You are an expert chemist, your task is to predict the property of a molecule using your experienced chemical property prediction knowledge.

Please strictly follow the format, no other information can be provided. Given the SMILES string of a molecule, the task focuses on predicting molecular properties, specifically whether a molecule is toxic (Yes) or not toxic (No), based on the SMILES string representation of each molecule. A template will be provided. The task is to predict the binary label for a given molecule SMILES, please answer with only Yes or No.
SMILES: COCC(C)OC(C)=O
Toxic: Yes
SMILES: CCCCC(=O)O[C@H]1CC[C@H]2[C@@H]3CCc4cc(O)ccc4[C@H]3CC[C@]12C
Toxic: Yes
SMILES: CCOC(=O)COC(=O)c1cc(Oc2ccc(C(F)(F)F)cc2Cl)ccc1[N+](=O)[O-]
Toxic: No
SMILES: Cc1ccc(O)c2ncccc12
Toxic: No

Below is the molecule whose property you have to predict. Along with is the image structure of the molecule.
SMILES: CC(=O)OC[C@H]1O[C@@H](O)[C@H](OC(=O)c2ccccc2C(=O)O)[C@@H](O)[C@@H]1O[C@@H]1O[C@H](COC(C)=O)[C@@H](O)[C@H](OC(=O)c2ccccc2C(=O)O)[C@H]1O
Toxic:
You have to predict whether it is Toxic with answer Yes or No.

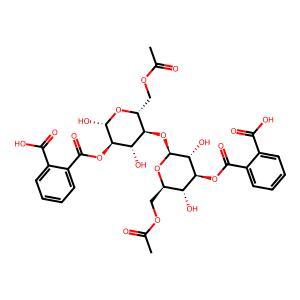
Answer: No